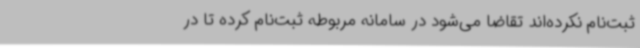
ثبت‌نام نکرده‌اند تقاضا می‌شود در سامانه مربوطه ثبت‌نام کرده تا در